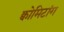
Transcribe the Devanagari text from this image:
क्वोमिटांग